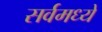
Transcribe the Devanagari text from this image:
सर्वमध्ये